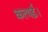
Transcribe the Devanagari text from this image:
कत्थई।